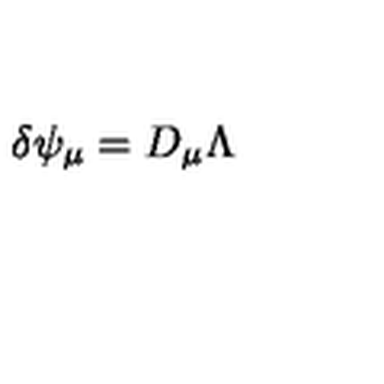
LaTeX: \delta \psi _ { \mu } = D _ { \mu } \Lambda